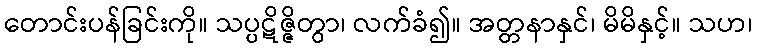
တောင်းပန်ခြင်းကို။ သပ္ပဋိဇ္ဇိတွာ၊ လက်ခံ၍။ အတ္တနာနှင်၊ မိမိနှင့်။ သဟ၊